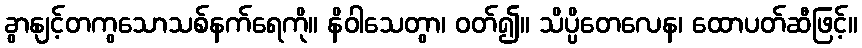
ခွာနျင့်တကွသောသစ်နက်ရေကို။ နိဝါသေတွာ၊ ဝတ်၍။ သိပ္ပိတေလေန၊ ထောပတ်ဆီဖြင့်။